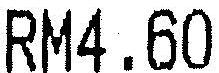
RM4.60